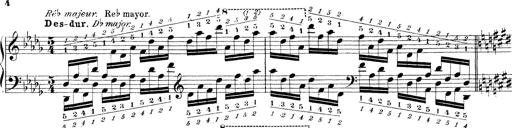
Title: Technische Studien
Composer: Franz Liszt